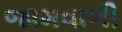
જામવાળી